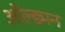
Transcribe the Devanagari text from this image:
ओल्ड्मन